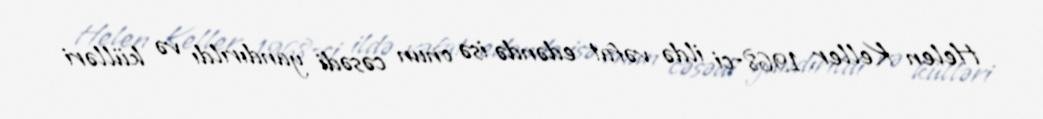
Helen Keller 1968-ci ildə vəfat edəndə isə onun cəsədi yandırıldı və külləri